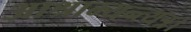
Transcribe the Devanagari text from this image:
आश्राम्यन्त्यत्र।